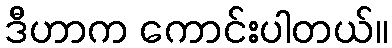
ဒီဟာက ကောင်းပါတယ်။